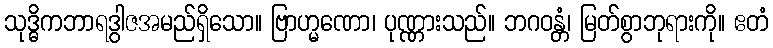
သုဒ္ဓိကဘာရဒွါဇအမည်ရှိသော။ ဗြာဟ္မဏော၊ ပုဏ္ဏားသည်။ ဘဂဝန္တံ၊ မြတ်စွာဘုရားကို။ ဧတံ